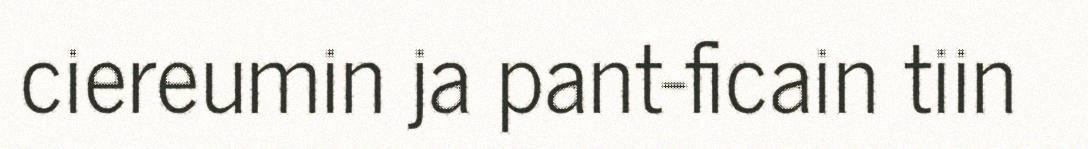
ciereumin ja pant-ficain tiin